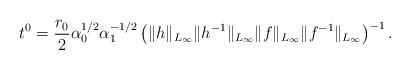
LaTeX: \begin{align*}\begin{aligned}t^0 = \frac{r_0}{2} \alpha_0^{1/2} \alpha_1^{-1/2} \left( \| h \|_{L_{\infty}} \| h^{-1} \|_{L_{\infty}} \|f \|_{L_\infty} \|f^{-1} \|_{L_\infty} \right)^{-1}.\end{aligned}\end{align*}